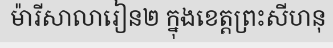
ម៉ារីសាលារៀន២ ក្នុងខេត្តព្រះសីហនុ